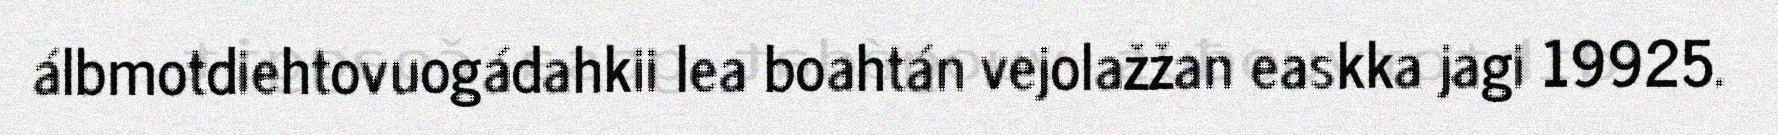
álbmotdiehtovuogádahkii lea boahtán vejolažžan easkka jagi 19925.